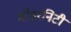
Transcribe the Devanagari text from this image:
मॉडरनिटी